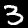
Digit: 3